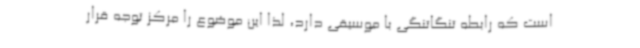
است که رابطه تنگاتنگی با موسیقی دارد، لذا این موضوع را مرکز توجه قرار